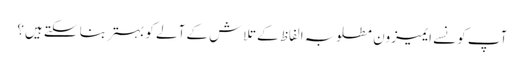
آپ کونسے ایمیزون مطلوبہ الفاظ کے تلاش کے آلے کو بہتر بنا سکتے ہیں؟